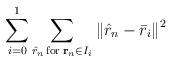
LaTeX: \begin{align*}\sum\limits_{i = 0}^1 {\sum\limits_{{{\hat r}_n}{\kern 1pt} {\rm{for}}{\kern 1pt} {\kern 1pt} {{\bf{r}}_n} \in {I_i}} {{{\left\| {{{\hat r}_n} - {{\bar r}_i}} \right\|}^2}} }\end{align*}